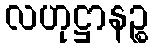
လဟုဋ္ဌာနဉ္စ